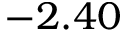
- 2 . 4 0